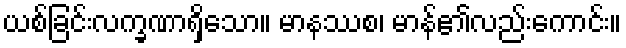
ယစ်ခြင်းလက္ခဏာရှိသော။ မာနဿစ၊ မာန်၏လည်းကောင်း။